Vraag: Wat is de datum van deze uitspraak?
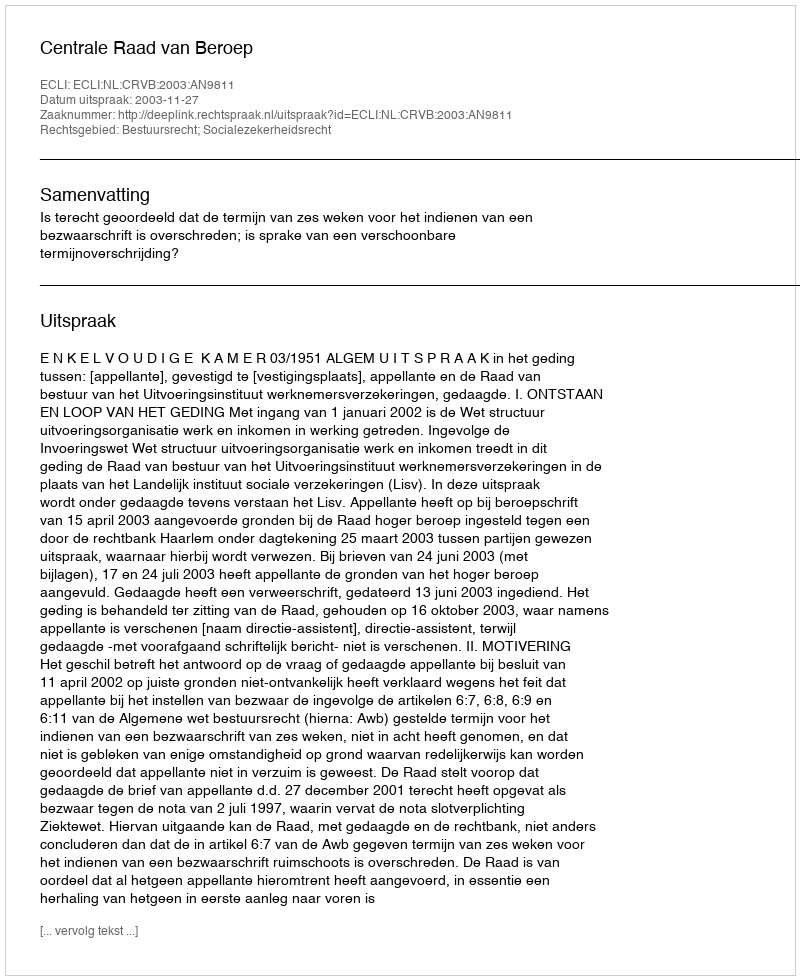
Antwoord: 2003-11-27